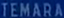
TEMARA